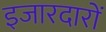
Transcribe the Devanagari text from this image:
इजारदारों